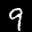
Label: 9